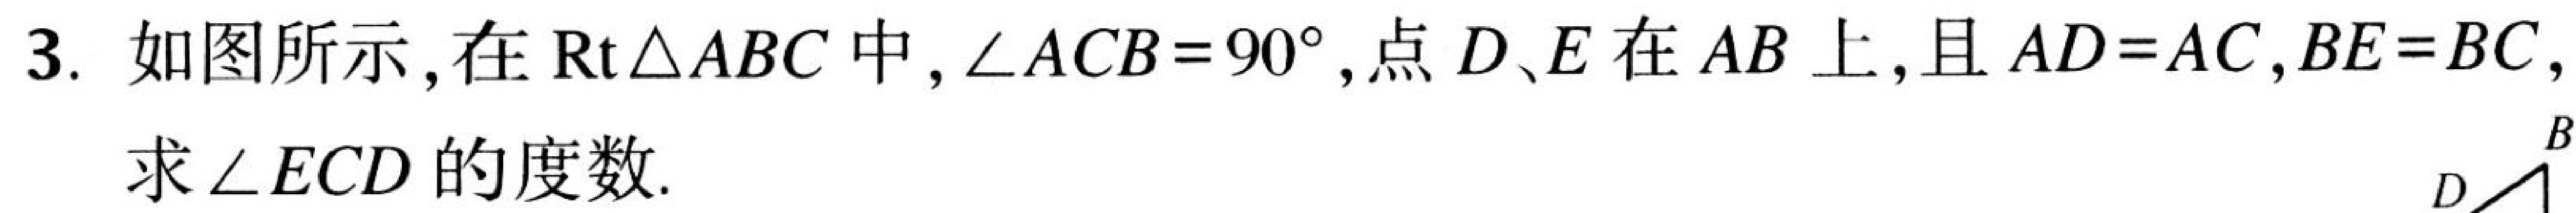
3. 如图所示，在\(\text{Rt}\triangle ABC\)中，\(\angle ACB = 90^{\circ}\)，点\(D、E\)在\(AB\)上，且\(AD = AC\)，\(BE = BC\)，
求\(\angle ECD\)的度数.